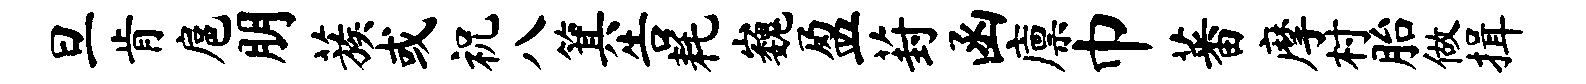
旦肯扈朋蔟或祝八箕告耗巍盈葑函廪巾蕃摩村胎做揖